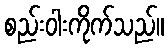
စည်းဝါးကိုက်သည်။